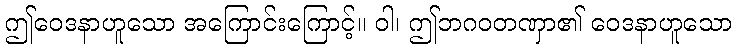
ဤဝေဒနာဟူသော အကြောင်းကြောင့်။ ဝါ၊ ဤဘဂဝတဏှာ၏ ဝေဒနာဟူသော